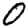
Digit: 0